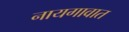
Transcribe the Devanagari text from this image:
नायगावात